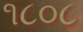
૧૮૦૮